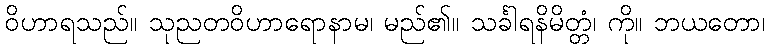
ဝိဟာရသည်။ သုညတဝိဟာရောနာမ၊ မည်၏။ သင်္ခါရနိမိတ္တံ၊ ကို။ ဘယတော၊